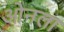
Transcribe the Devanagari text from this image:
ओनला